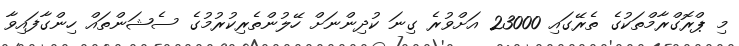
މި ޕްރޮގްރާމްތަކުގެ ތެރޭގައި 23000 އަށްވުރެ ގިނަ ކުދިންނަށް ހޭލުންތެރިކުރުމުގެ ސެޝަންތައް ހިންގާފައިވާ